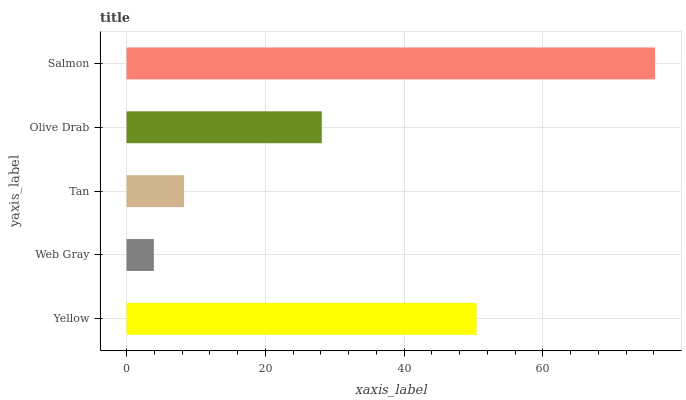
| yaxis_label | bars |
 | --- | --- |
 | Yellow | 50.4 |
 | Web Gray | 3.94 |
 | Tan | 8.3 |
 | Olive Drab | 28.1 |
 | Salmon | 76.2 |